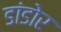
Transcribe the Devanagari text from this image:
डांडोर